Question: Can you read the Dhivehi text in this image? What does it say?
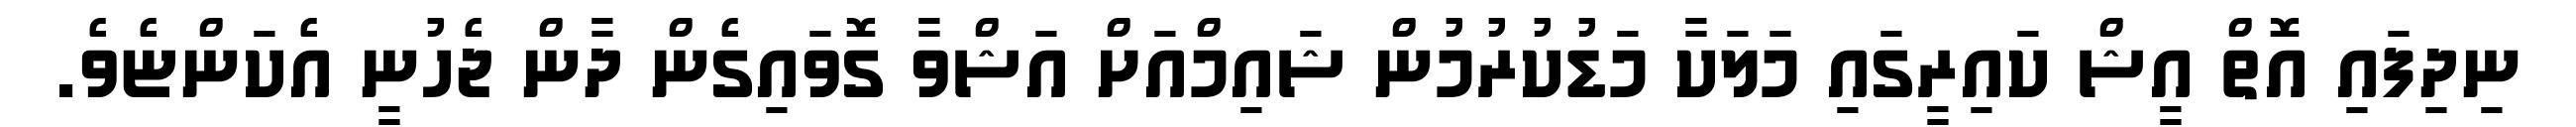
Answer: ނިދިފައި އޮތް އީޝް ކައިރީގައި މަލަކާ މަޑުކުރުމުން ޝައިމްއަށް އަޝްވާ ގޮވައިގެން ދާން ޖެހުނީ އެކަންޏެވެ.